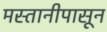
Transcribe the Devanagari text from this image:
मस्तानीपासून